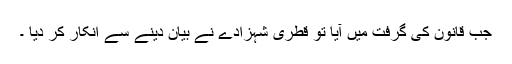
جب قانون کی گرفت میں آیا تو قطری شہزادے نے بیان دینے سے انکار کر دیا ۔